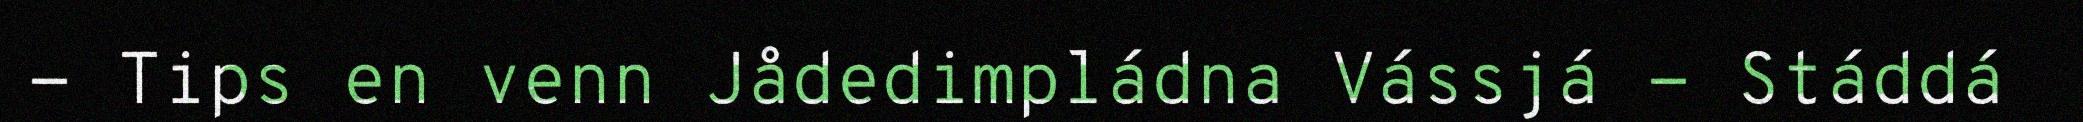
- Tips en venn Jådedimpládna Vássjá - Stáddá